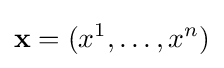
\mathbf {x} =(x^{1},\dots ,x^{n})